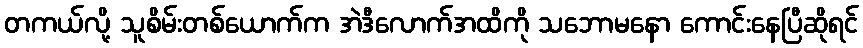
တကယ်လို့ သူစိမ်းတစ်ယောက်က အဲဒီလောက်အထိကို သဘောမနော ကောင်းနေပြီဆိုရင်